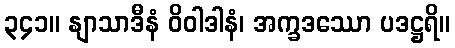
၃၄၁။ နျာသာဒီနံ ဝိဝါဒါနံ၊ အက္ခဒဿော ပဒဋ္ဌရိ။